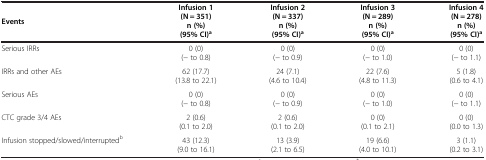
<table><thead><tr><td><b>Events</b></td><td><b>Infusion 1 (N = 351) n (%)(95% CI)<sup>a</sup></b></td><td><b>Infusion 2 (N = 337) n (%)(95% CI)<sup>a</sup></b></td><td><b>Infusion 3 (N = 289) n (%)(95% CI)<sup>a</sup></b></td><td><b>Infusion 4 (N = 278) n (%)(95% CI)<sup>a</sup></b></td></tr></thead><tbody><tr><td>Serious IRRs</td><td>0 (0) (- to 0.8)</td><td>0 (0) (- to 0.9)</td><td>0 (0) (- to 1.0)</td><td>0 (0) (- to 1.1)</td></tr><tr><td>IRRs and other AEs</td><td>62 (17.7) (13.8 to 22.1)</td><td>24 (7.1) (4.6 to 10.4)</td><td>22 (7.6) (4.8 to 11.3)</td><td>5 (1.8) (0.6 to 4.1)</td></tr><tr><td>Serious AEs</td><td>0 (0) (- to 0.8)</td><td>0 (0) (- to 0.9)</td><td>0 (0) (- to 1.0)</td><td>0 (0) (- to 1.1)</td></tr><tr><td>CTC grade 3/4 AEs</td><td>2 (0.6) (0.1 to 2.0)</td><td>2 (0.6) (0.1 to 2.0)</td><td>0 (0) (0.1 to 2.1)</td><td>0 (0) (0.0 to 1.3)</td></tr><tr><td>Infusion stopped/slowed/interrupted<sup>b</sup></td><td>43 (12.3) (9.0 to 16.1)</td><td>13 (3.9) (2.1 to 6.5)</td><td>19 (6.6) (4.0 to 10.1)</td><td>3 (1.1) (0.2 to 3.1)</td></tr></tbody></table>